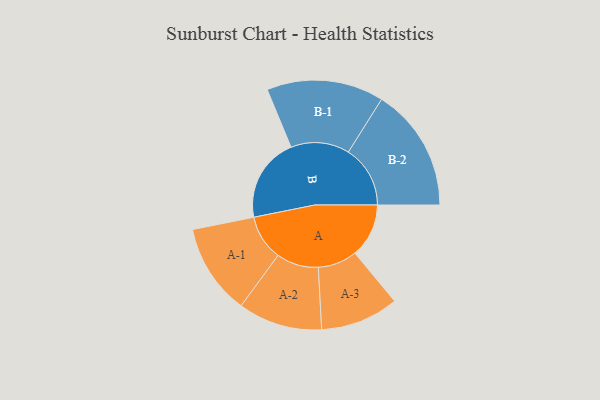
{"axis": {"x": "Segment", "y": "Value"}, "legend": ["", "A", "B"], "data": [{"x": "A", "y": 242, "type": ""}, {"x": "B", "y": 379, "type": ""}, {"x": "A-1", "y": 204, "type": "A"}, {"x": "A-2", "y": 189, "type": "A"}, {"x": "A-3", "y": 176, "type": "A"}, {"x": "B-1", "y": 263, "type": "B"}, {"x": "B-2", "y": 278, "type": "B"}]}